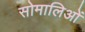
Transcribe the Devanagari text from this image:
सोमालिओं